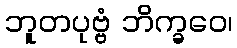
ဘူတပုဗ္ဗံ ဘိက္ခဝေ၊